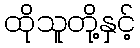
ထိုသူတို့နှင့်